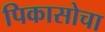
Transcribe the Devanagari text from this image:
पिकासोचा